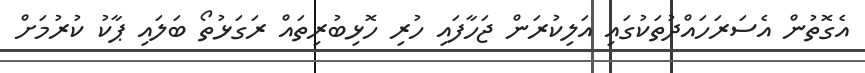
އެގޮތުން އެސަރަހައްދުތަކުގައި އަލިކުރަން ޖަހާފައި ހުރި ހޮޅިބުރިތައް ރަގަޅުތޯ ބަލައި ޕާކު ކުރުމަށް